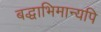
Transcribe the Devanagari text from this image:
बद्धाभिमान्यपि